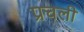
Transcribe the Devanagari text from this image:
प्रचली